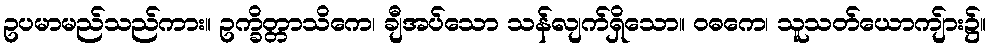
ဥပမာမည်သည်ကား။ ဥက္ခိတ္တာသိကေ၊ ချီအပ်သော သန်လျက်ရှိသော။ ဝဓကေ၊ သူသတ်ယောကျ်ား၌။